King Institute of Preventive Medicine Micro-Biological Section reports 1909-11
Year: 1909
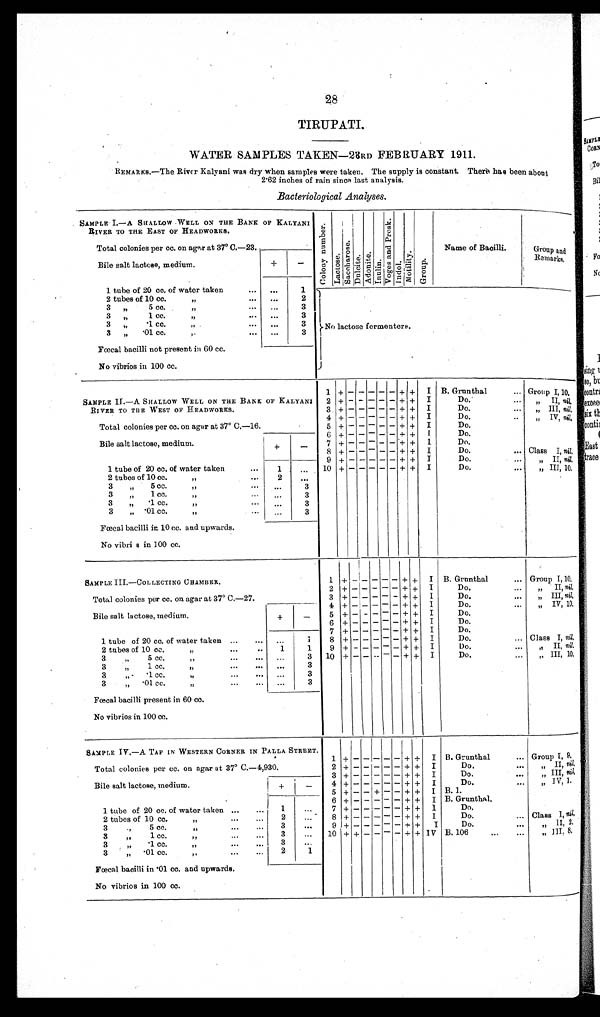
28
TIRUPATI.
WATER SAMPLES TAKEN—23RD FEBRUARY 1911.
REMARKS.—The River Kalyani was dry when samples were taken. The supply is constant There has been about
2.62 inches of rain since last analysis.
Bacteriological Analyses.
SAMPLE 1.—A SHALLOW WELL ON THE BANK OF KALYANI
RIVER TO THE EAST OF HEADWORKS.
C o l o n y n u m b e r .
L a c t o s e .
S a c c h a r o s e .
D u l c i t e . A d o n i t e .
I n u l i n .
V o g e s a n d P r o s k .
I n d o l .
M o t i l i t y .
G r o u p .
Name of Bacilli.
Group and
Remarks.
Total colonies per cc. on agar at 37° C.—23.
Bile salt lactose, medium.
+
-
1 tube of 20 cc. of water taken
...
. . .
1
No lactose fermenters.
2 tubes of 10 cc.
...
...
2
3
„
5 cc.
. . .
3
3
„
1cc
„
...
. . .
3
3
„
.1 cc.
„
...
. . .
3
3
„
...01 cc. ,,
. . .
3
Fœcal bacilli not present in 60 cc.
No vibrios in 100 cc.
SAMPLE II.—A SHALLOW WELL ON THE BANK OF KALYANI
RIVER TO THE WEST OF HEADWORKS.
1
+ -
- - - - +
+
I B. Grunthal
... Group I, 10 .
2
+ -
- - - - + + I
Do.
...
„ II, nil,
3
+ -
- - - - + + I
Do.
...
„ III, nil,
4
+ -
- - - - + + I
Do.
..
„ IV, nil.
Total colonies per cc. on agar at 37° C,—16.
5
+ -
- - - - + + I
Do.
Bile salt lactose, medium
+
-
6
+ -
- - - - + + I
Do.
7
+ -
- - - - + + I
Do.
Class I, nil,
8
+ -
- - - - + + I
Do.
...
1 tube of 20 cc, of water taken
...
1
. . .
9
+ -
- - - - + + I
Do.
...
„ II, nil,
1 0
+ -
- - - - + + I
Do.
.....
„ III, 10,
2 tubes of 10 cc.
„
2
3
„
5 cc.
„
...
. . .
3
3
„
1 cc.
. . .
3
3
„
.1 cc.
...
...
3
3
„ .01 cc.
. . .
3
Fœcal bacilli in 10 cc. and upwards.
No vibri s in 100 cc.
SAMPLE III.—COLLECTING CHAMBER.
1
+ - - - - - + +
I B. Grunthal
... Group I, 10,
Total colonies per cc. on agar at 37° C.—27.
2
+ - - - - - + +
I
Do.
...
„
II, nil,
3
+ - - - - - + +
I
Do.
...
„ III, nil,
Bile salt lactose, medium.
+
-
4
+ - - - - - + +
I
Do.
...
„ IV, 10,
5
+ - - - - - + +
I
Do.
6
+ - - - - - + +
I
Do.
1 tube of 20 cc. of water taken
...
...
1
7
+ - - - - - + +
I
Do.
8
+ - - - - - + +
I
Do.
... Class I, nil,
2 tubes of 10 cc.
1
1
9
+ - - - - - + +
I
Do.
...
,, II, nil,
3 „ 1cc „ ...
...
. . .
1 0
+ - - - - - + +
I
Do.
...
„ III, 10,
3
„
1 cc..... . .
. . .
3
3
„ -
.1 cc..... . .
. . .
3
3 „
.01 cc.
...
...
3
Fœcal bacilli present in 60 cc.
No vibrios in 100 cc.
SAMPLE IV.—A TAP IN WESTERN CORNER IN PALLA STREET.
1
+
-
- - - -
+ + I B. Grunthal
... Group I, 9,
Total colonies per cc. on agar at 37° C.—4,930.
2
+ -
- - - - + + I
Do.
. . .
,, II, n i l
.
Bile salt lactose, medium.
+
-
3
+ -
- - - - + + I
Do.
...
„ III, nil.
„
IV,
1 .
4
+ -
- - - - + + I
Do.
...
5
+ -
- + - - + + I B. 1.
1 tube of 20 cc. of water taken ...
...
1
...
6
+ -
- - - - + + I B. Grunthal.
7
+ -
- - - - + + 1
Do.
2 tubes of 10 cc.
...
...
2
...
8
+ -
- - - - + + I
Do.
... Class I, nil,
3
„
5 cc.
„
...
...
3
. . .
9
+ -
- - - - + + I
Do.
. . .
„
II, 2,
3 „
1 cc.
...
3
...
1 0
+ +
- - - - + + IV B. 106
„
III.
8,
3
„
.1 cc.
...
. . .
3
...
3
„
.01 cc.
. . . .
2
1
Fœcal bacilli in .01 cc. and upwards.
No vibrios in 100 cc.